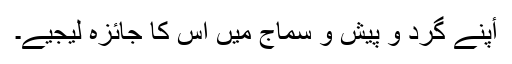
أپنے گرد و پیش و سماج میں اس کا جائزہ لیجیے۔